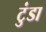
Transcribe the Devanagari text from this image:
टुंडा